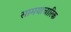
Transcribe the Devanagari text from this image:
सामयाचारिक